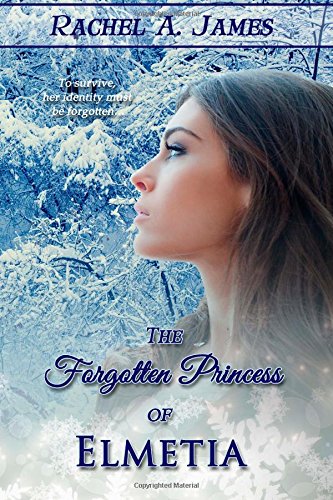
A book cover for The Forgotten Princess of Elmetia; Rachel A. James; Teen & Young Adult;